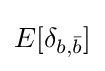
E[\delta _{b,{\bar {b}}}]